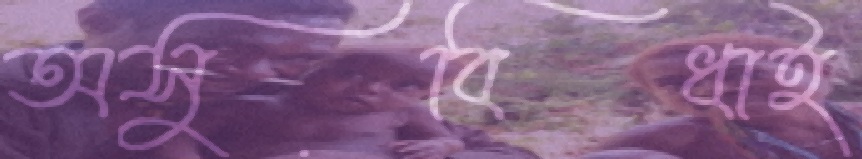
অসুবিধাই